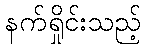
နက်ရှိုင်းသည့်